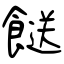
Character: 餸